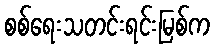
စစ်ရေးသတင်းရင်းမြစ်က